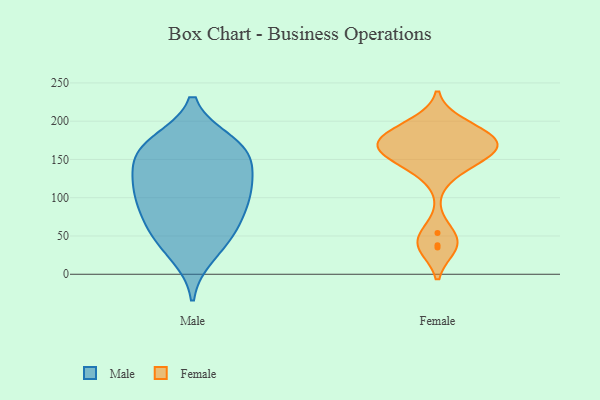
{"axis": {"x": "LTV (USD)", "y": "Value"}, "legend": ["Female", "Male"], "data": [{"x": "", "y": 77, "type": "Male"}, {"x": "", "y": 159, "type": "Male"}, {"x": "", "y": 106, "type": "Male"}, {"x": "", "y": 43, "type": "Male"}, {"x": "", "y": 167, "type": "Male"}, {"x": "", "y": 25, "type": "Male"}, {"x": "", "y": 118, "type": "Male"}, {"x": "", "y": 172, "type": "Male"}, {"x": "", "y": 163, "type": "Male"}, {"x": "", "y": 69, "type": "Male"}, {"x": "", "y": 113, "type": "Male"}, {"x": "", "y": 156, "type": "Male"}, {"x": "", "y": 98, "type": "Male"}, {"x": "", "y": 57, "type": "Male"}, {"x": "", "y": 128, "type": "Male"}, {"x": "", "y": 168, "type": "Female"}, {"x": "", "y": 133, "type": "Female"}, {"x": "", "y": 38, "type": "Female"}, {"x": "", "y": 35, "type": "Female"}, {"x": "", "y": 159, "type": "Female"}, {"x": "", "y": 162, "type": "Female"}, {"x": "", "y": 171, "type": "Female"}, {"x": "", "y": 54, "type": "Female"}, {"x": "", "y": 191, "type": "Female"}, {"x": "", "y": 145, "type": "Female"}, {"x": "", "y": 178, "type": "Female"}, {"x": "", "y": 197, "type": "Female"}, {"x": "", "y": 163, "type": "Female"}, {"x": "", "y": 179, "type": "Female"}]}